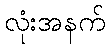
လုံးအနက်